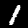
Label: 1